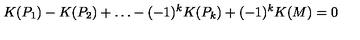
K ( P _ { 1 } ) - K ( P _ { 2 } ) + \dots - ( - 1 ) ^ { k } K ( P _ { k } ) + ( - 1 ) ^ { k } K ( M ) = 0